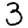
Digit: 3